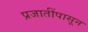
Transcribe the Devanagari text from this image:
प्रजातींपासून